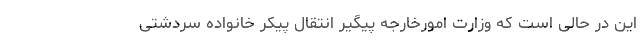
این در حالی است که وزارت امورخارجه پیگیر انتقال پیکر خانواده سردشتی